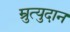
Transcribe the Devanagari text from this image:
म्रुत्युदान